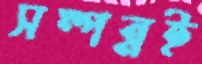
সম্পন্নই